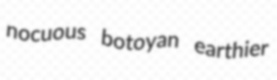
nocuous botoyan earthier